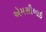
એમસીઆઇ